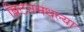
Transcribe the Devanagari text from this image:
ब्रिटनमधल्या